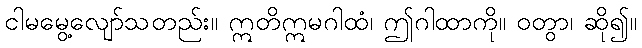
ငါမမွေ့လျော်သတည်း။ ဣတိဣမဂါထံ၊ ဤဂါထာကို။ ဝတွာ၊ ဆို၍။